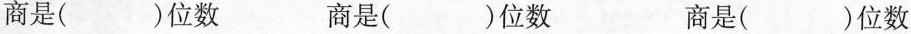
商是（）位数 商是（）位数 商事（）位数